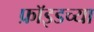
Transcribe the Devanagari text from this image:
फ्राॅइडच्या